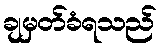
ချမှတ်ခံရသည်